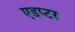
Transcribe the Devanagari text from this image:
एडप्टर